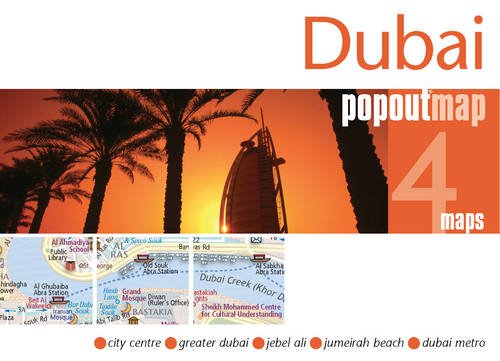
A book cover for Dubai PopOut Map (Popout Maps); Travel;